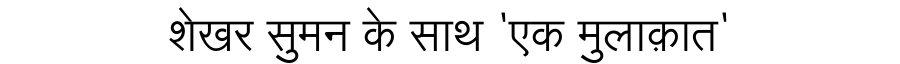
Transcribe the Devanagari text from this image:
शेखर सुमन के साथ 'एक मुलाक़ात'